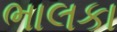
ભાલકા